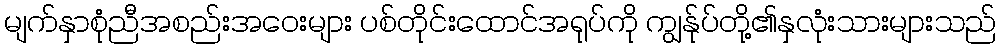
မျက်နှာစုံညီအစည်းအဝေးများ ပစ်တိုင်းထောင်အရုပ်ကို ကျွန်ုပ်တို့၏နှလုံးသားများသည်